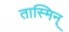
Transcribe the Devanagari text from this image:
तास्मिन्